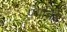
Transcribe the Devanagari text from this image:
पगचिह्न